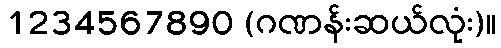
1234567890 (ဂဏန်းဆယ်လုံး)။